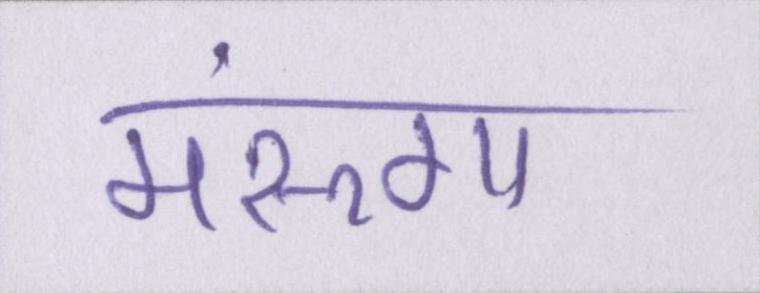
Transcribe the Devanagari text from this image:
मरूंगा